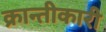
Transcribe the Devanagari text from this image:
क्रान्तीकारी